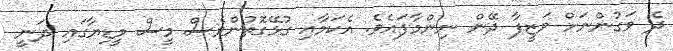
ދެ ވަގުންނަށް ވަޒީފާ ދޭން ނިންމާފައެވެ. އެކަމާއި ގުޅޭގޮތުންވެސް މީސް މީޑިޔާގައި ދަނީ